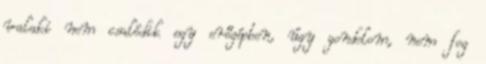
valaki nem csalódik egy erőgépben, úgy gondolom, nem fog